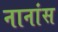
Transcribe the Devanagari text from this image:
नानांस